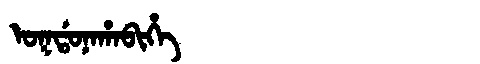
Manchu: ᠣᡴᡩᠣᠨᠠᡥᠠᠪᡳᡥᡝ
Romanization: OKDONAHABIHE